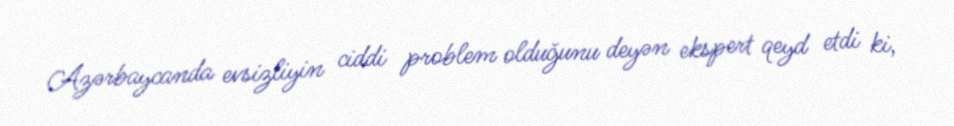
Azərbaycanda evsizliyin ciddi problem olduğunu deyən ekspert qeyd etdi ki,